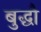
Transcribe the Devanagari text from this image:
बुद्धौ